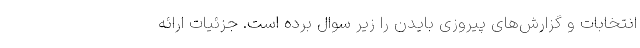
انتخابات و گزارش‌های پیروزی بایدن را زیر سوال برده است. جزئیات ارائه